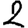
Digit: 2